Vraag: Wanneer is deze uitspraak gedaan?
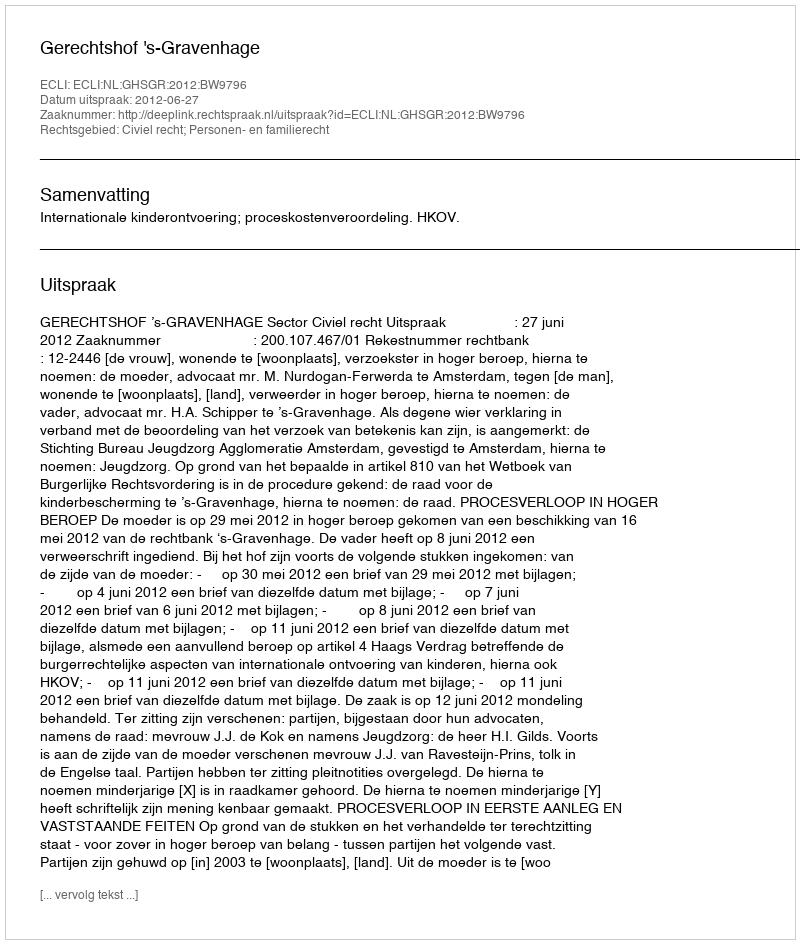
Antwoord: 2012-06-27